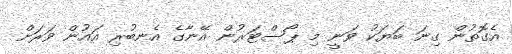
އެގޮތުން ގިނަ ބަޔަކު ވަނީ މި ޕޯސްޓަރުން އޭނާގެ އެނބުރި އައުން ވަރަށް